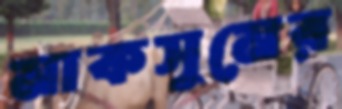
মাকসুমের